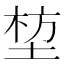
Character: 堏